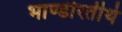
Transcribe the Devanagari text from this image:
भाण्डीरतीर्थ